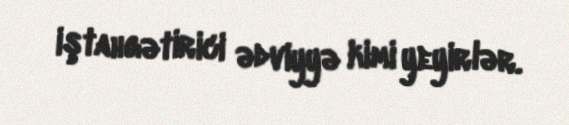
iştahgətirici ədviyyə kimi yeyirlər.